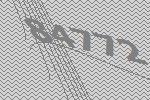
84772